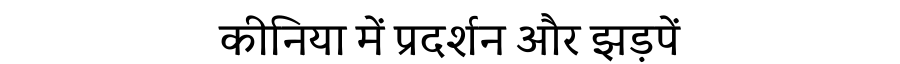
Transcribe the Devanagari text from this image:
कीनिया में प्रदर्शन और झड़पें